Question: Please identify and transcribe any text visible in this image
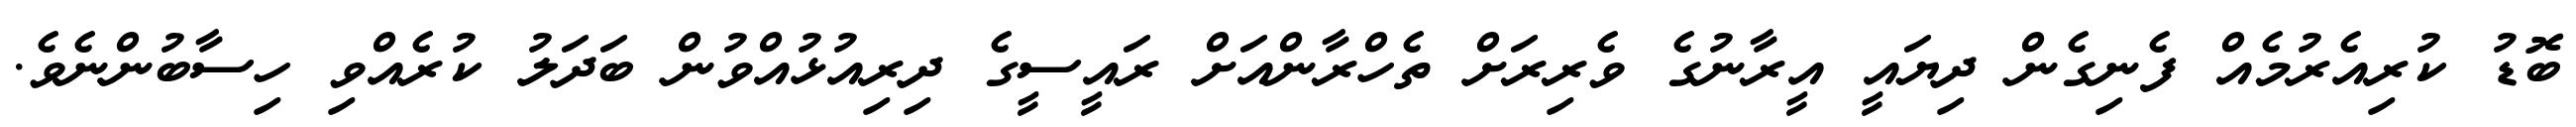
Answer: ބޮޑު ކުރިއެރުމެއް ފެނިގެން ދިޔައީ އީރާނުގެ ވެރިރަށް ތެހްރާންއަށް ރައީސީގެ ދިރިއުޅުއްވުން ބަދަލު ކުރެއްވި ހިސާބުންނެވެ.